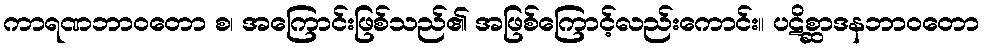
ကာရဏဘာဝတော စ၊ အကြောင်းဖြစ်သည်၏ အဖြစ်ကြောင့်လည်းကောင်း။ ပဋိစ္ဆာဒနဘာဝတော